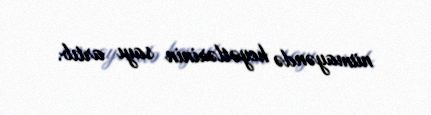
nümayəndə heyətlərinin sayı artıb.